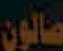
صالون